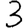
Digit: 3